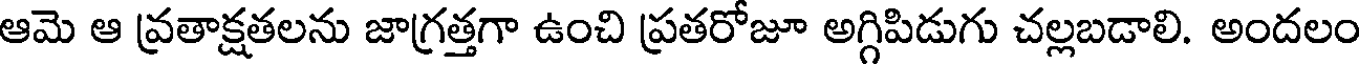
ఆమె ఆ వ్రతాక్షతలను జాగ్రత్తగా ఉంచి ప్రతరోజూ అగ్గిపిడుగు చల్లబడాలి. అందలం